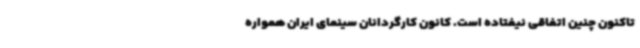
تاکنون چنین اتفاقی نیفتاده است. کانون کارگردانان سینمای ایران همواره